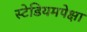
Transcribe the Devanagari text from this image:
स्टेडियमपेक्षा